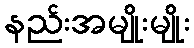
နည်းအမျိုးမျိုး